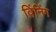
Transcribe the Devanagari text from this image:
विंनिंग